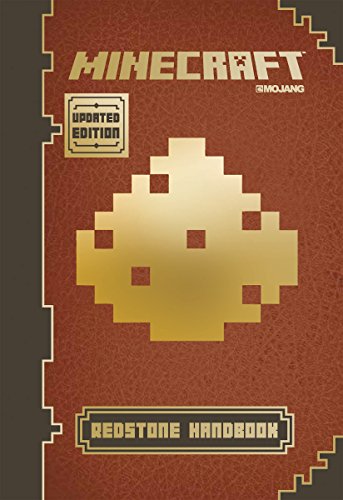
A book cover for Minecraft: Redstone Handbook (Updated Edition): An Official Mojang Book; Nick Farwell; Children's Books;